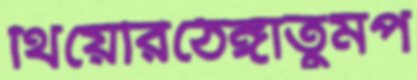
থিয়েরিঠেঙ্গাতুমপ